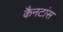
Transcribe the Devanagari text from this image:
कैनटांस